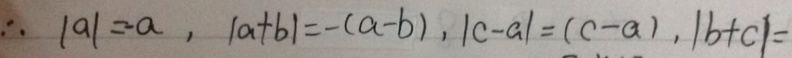
\therefore \vert a \vert = - a , \vert a + b \vert = - ( a - b ) , \vert c - a \vert = ( c - a ) , \vert b + c \vert =